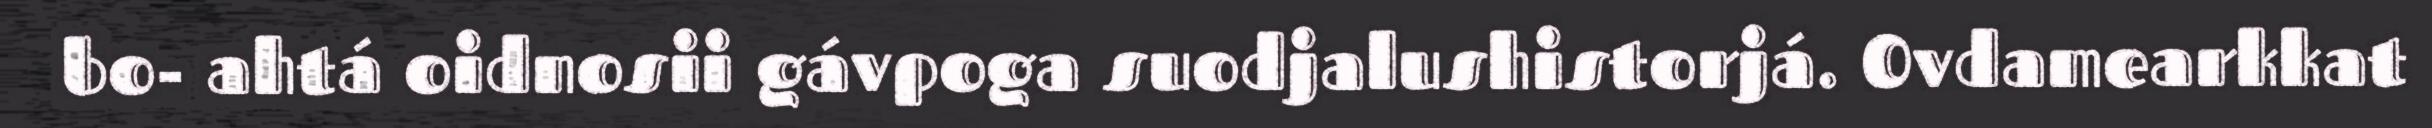
bo- ahtá oidnosii gávpoga suodjalushistorjá. Ovdamearkkat